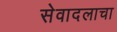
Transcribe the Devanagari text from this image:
सेवादलाचा